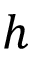
h